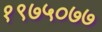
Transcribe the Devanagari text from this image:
१९७५०७७